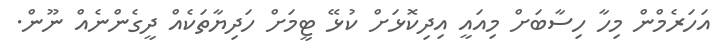
އަހަރެމްން މިހާ ހިސާބަށް މިއައީ އިދިކޮޅަށް ކުޅޭ ޓީމަށް ހަދިޔާތަކެއް ދީގެންނެއް ނޫން.